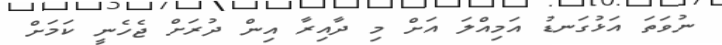
ނުވަތަ އަޅުގަނޑު އަމިއްލަ އަށް މި ދާއިރާ އިން ދުރަށް ޖެހެނީ ކަމަށް